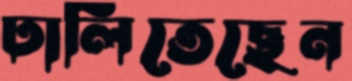
ঢালিতেছেন